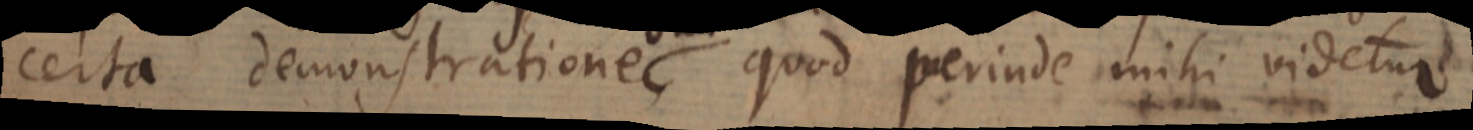
certa demonstratione, quod perinde mihi videtur